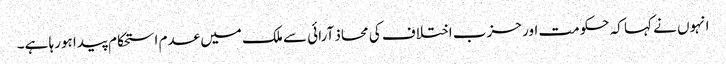
انہوں نے کہا کہ حکومت اور حزب اختلاف کی محاذ آرائی سے ملک میں عدم استحکام پیدا ہورہا ہے۔